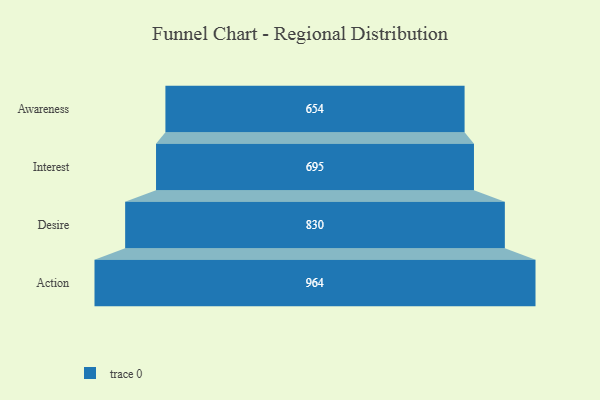
{"axis": {"x": "Stage", "y": "Value"}, "legend": [""], "data": [{"x": "Awareness", "y": 654.0, "type": ""}, {"x": "Interest", "y": 695.0, "type": ""}, {"x": "Desire", "y": 830.0, "type": ""}, {"x": "Action", "y": 964.0, "type": ""}]}